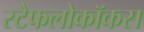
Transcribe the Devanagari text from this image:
स्टैफलोकॉकस